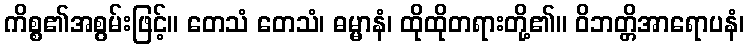
ကိစ္စ၏အစွမ်းဖြင့်။ တေသံ တေသံ၊ ဓမ္မာနံ၊ ထိုထိုတရားတို့၏။ ဝိဘတ္တိအာရောပနံ၊